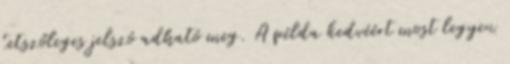
tetszőleges jelszó adható meg. A példa kedvéért most legyen